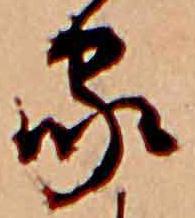
家